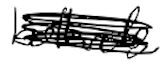
Text: bollards
Cross-out: scratch
Writing tool: digital_black